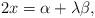
LaTeX: \begin{align*} 2 x = \alpha + \lambda \beta, \end{align*}